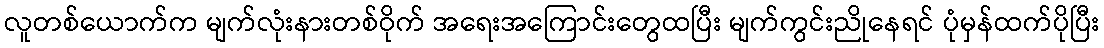
လူတစ်ယောက်က မျက်လုံးနားတစ်ဝိုက် အရေးအကြောင်းတွေထပြီး မျက်ကွင်းညိုနေရင် ပုံမှန်ထက်ပိုပြီး